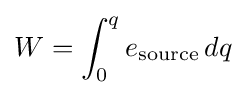
W=\int _{0}^{q}{e_{\text{source}}}\,dq